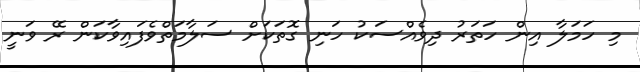
މި ހަމަލާ އިން ހަތަރު ދިވެއްސަކު ހަނި ގޮތަކަށް ސަލާމަތްވެފައިވާކަން ރޭ ވަނީ